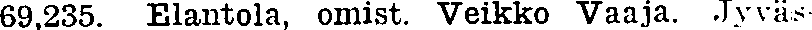
69,235. Elantola, omist. Vveikko Vaaja. Jyväs-